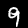
Digit: 9